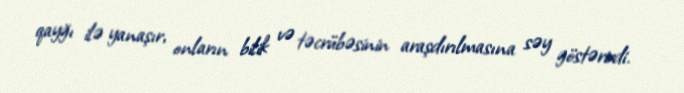
qayğı ilə yanaşır, onların bilik və təcrübəsinin araşdırılmasına səy göstərirdi.